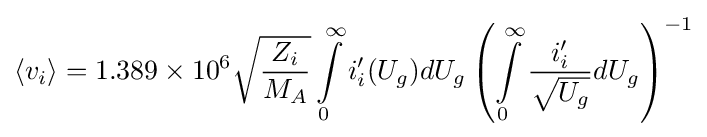
\langle v_{i}\rangle =1.389\times 10^{6}{\sqrt {\frac {Z_{i}}{M_{A}}}}\int \limits _{0}^{\infty }i_{i}^{\prime }(U_{g})dU_{g}\left(\int \limits _{0}^{\infty }{\frac {i_{i}^{\prime }}{\sqrt {U_{g}}}}dU_{g}\right)^{-1}